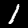
Digit: 1